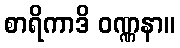
စာရိကာဒိ ဝဏ္ဏနာ။